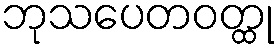
ဘုသပေတဝတ္ထု